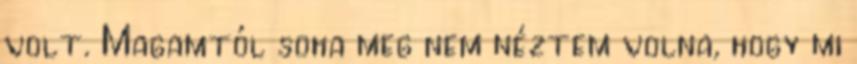
volt. Magamtól soha meg nem néztem volna, hogy mi